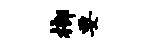
榔要